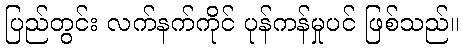
ပြည်တွင်း လက်နက်ကိုင် ပုန်ကန်မှုပင် ဖြစ်သည်။